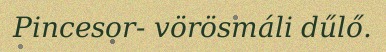
Pincesor- vörösmáli dűlő.